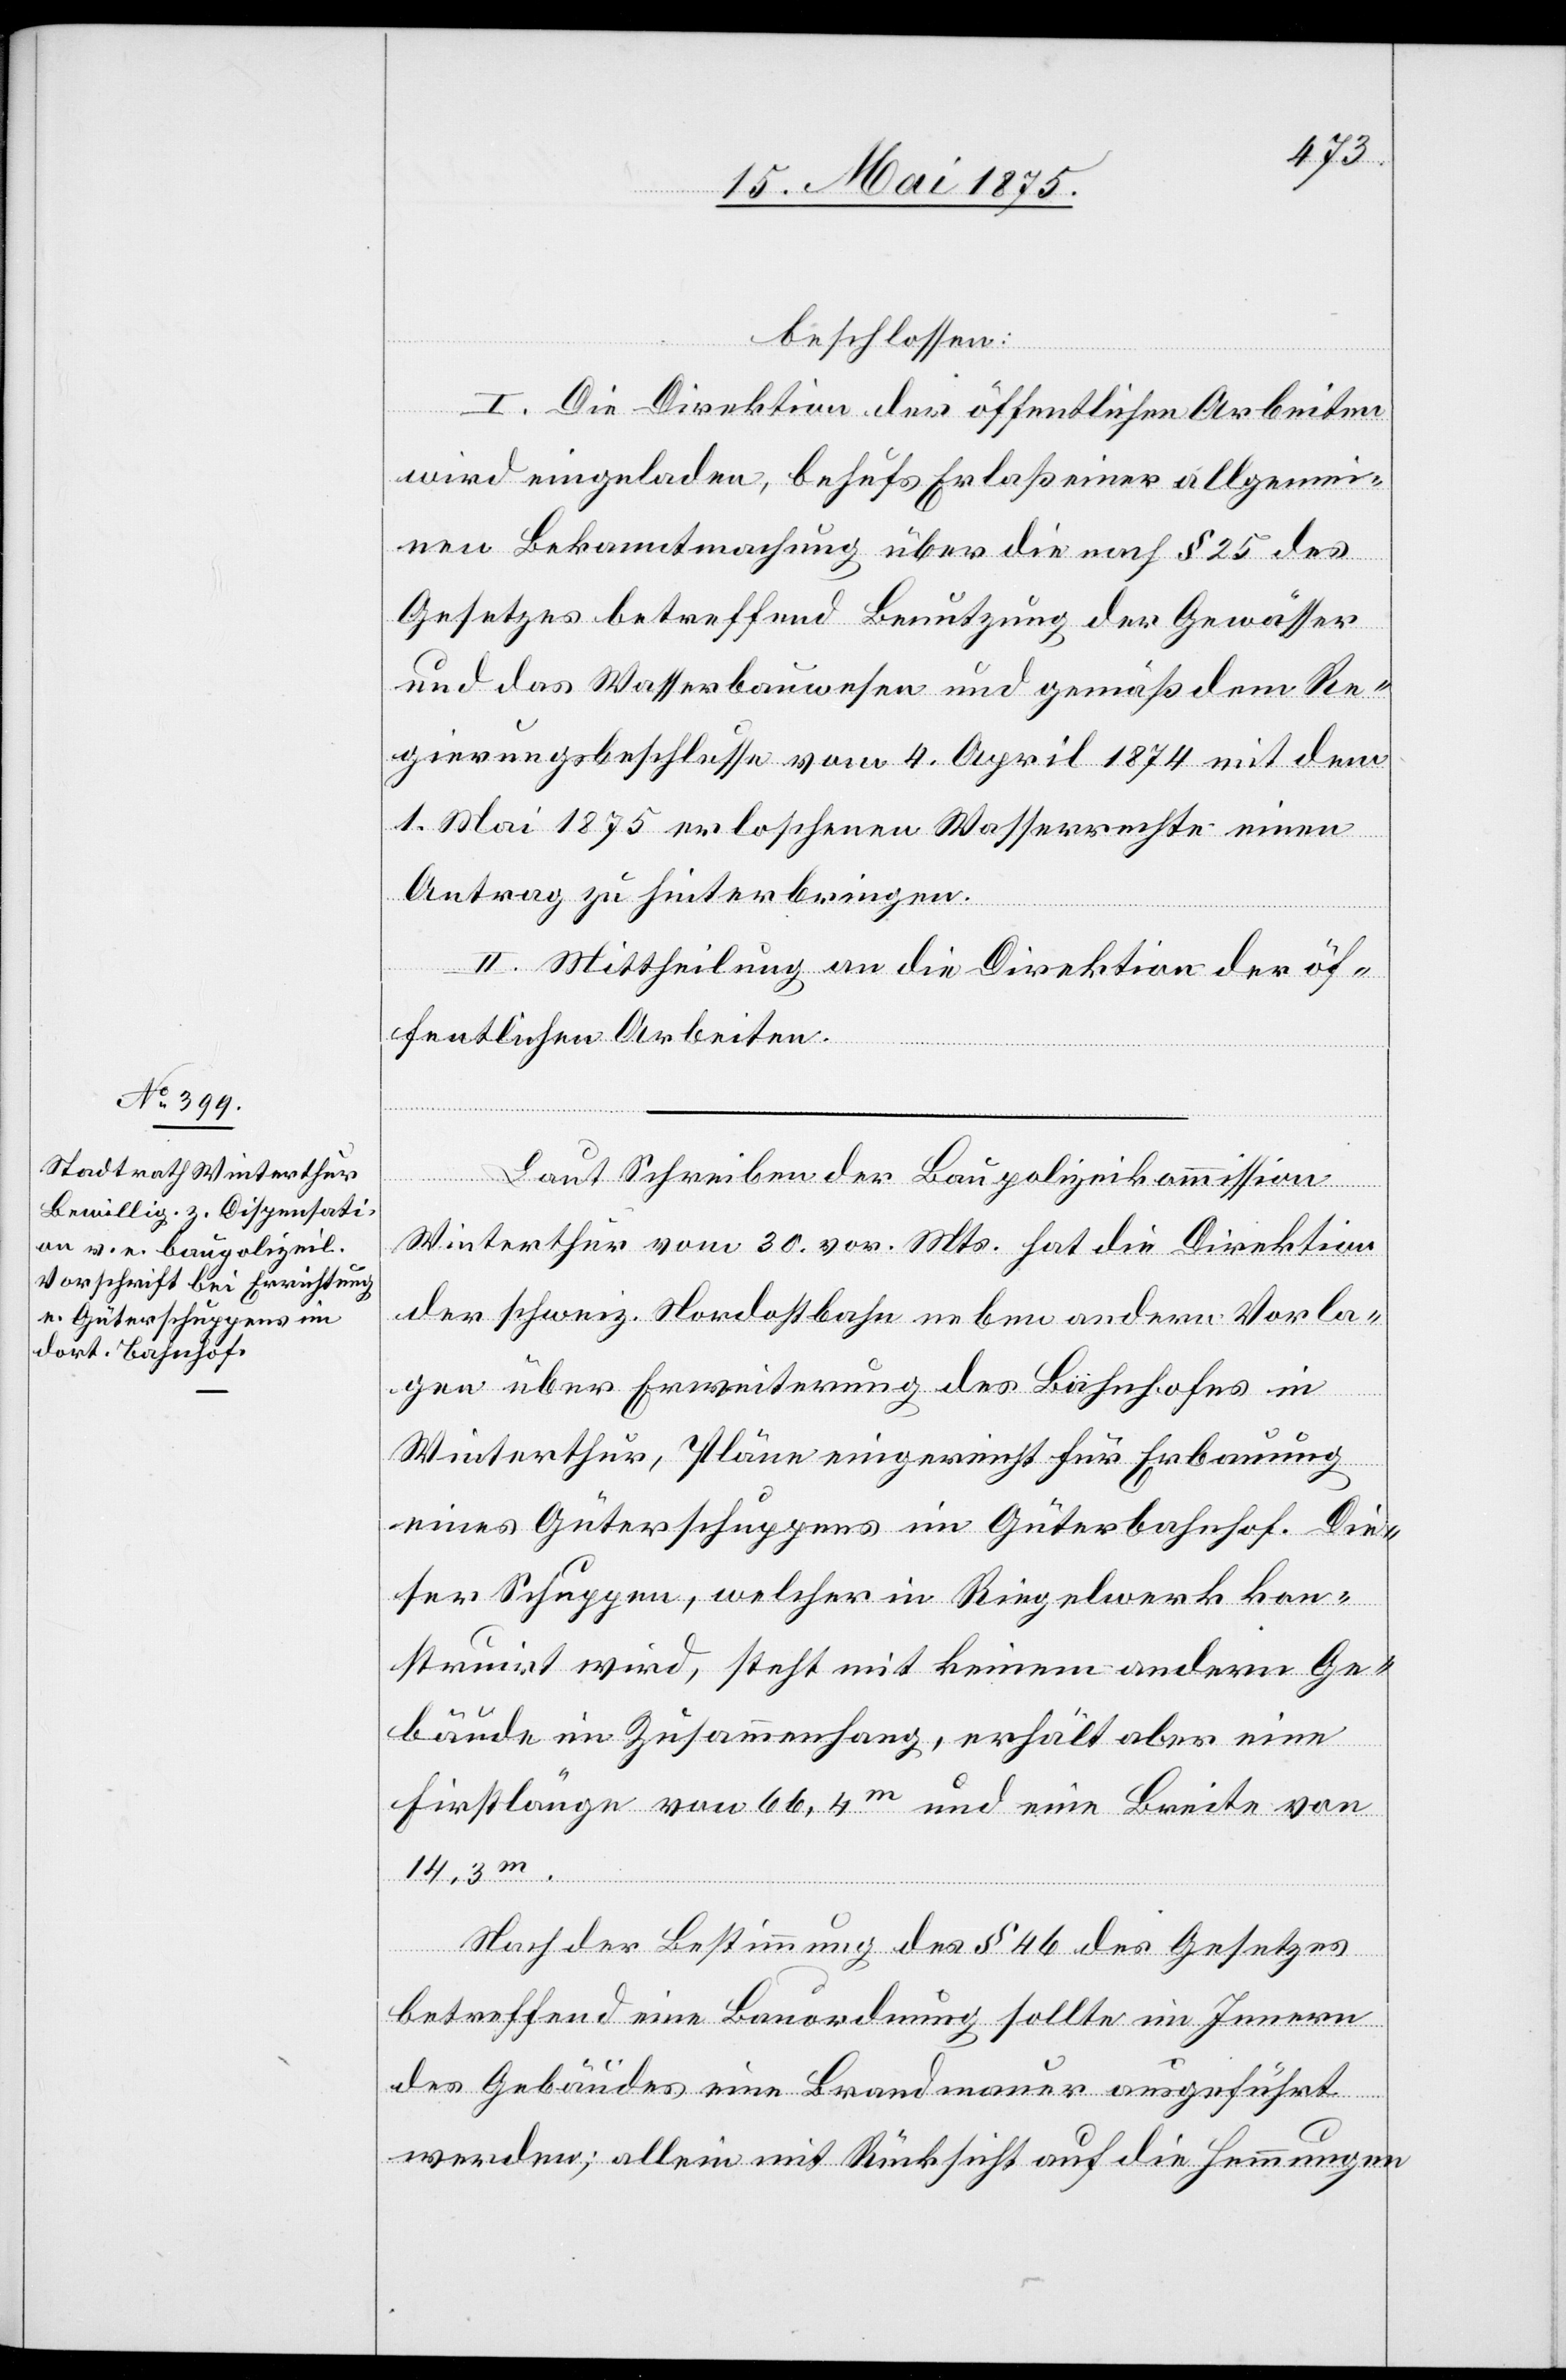
beschlossen:
I. Die Direktion der öffentlichen Arbeiten
wird eingeladen, behufs Erlaß einer allgemei¬
nen Bekanntmachung über die nach § 25 des
Gesetzes betreffend Benutzung der Gewässer
und das Wasserbauwesen und gemäß dem Re¬
gierungsbeschlusse vom 4.April 1874 mit dem
1. Mai 1875 erloschenen Wasserrechte einen
Antrag zu hinterbringen.
II. Mittheilung an die Direktion der öf¬
fentlichen Arbeiten.
Laut Schreiben der Baupolizeikommission
Winterthur vom 30. vor. Mts. hat die Direktion
der schweiz. Nordostbahn neben andern Vorla¬
gen über Erweiterung des Bahnhofes in
Winterthur, Pläne eingereicht für Erbauung
eines Güterschuppens im Güterbahnhof. Die¬
ser Schuppen, welcher in Riegelwerk kon¬
struirt wird, steht mit keinem andern Ge¬
bäude im Zusammenhang, erhält aber eine
Firstlänge von 66,4 m und eine Breite von
14,3 m.
Nach der Bestimmung des § 46 des Gesetzes
betreffend eine Bauordnung sollte im Innern
des Gebäudes eine Brandmauer ausgeführt
werden; allein mit Rücksicht auf die Hemmungen